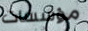
مؤسسات